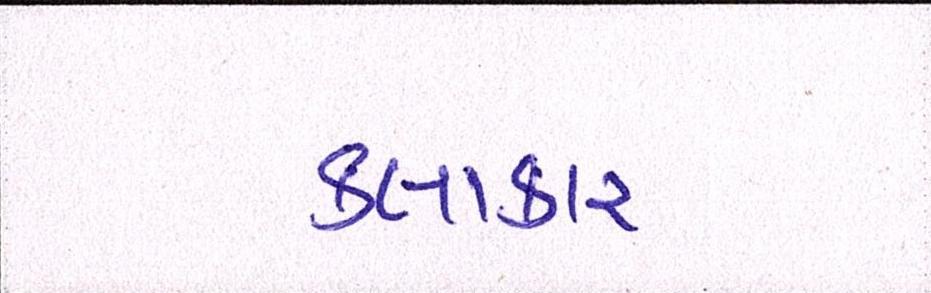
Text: કલાકાર